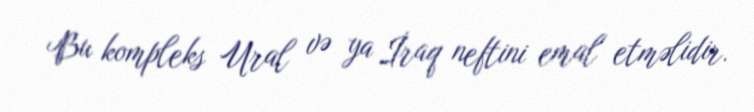
Bu kompleks Ural və ya İraq neftini emal etməlidir.